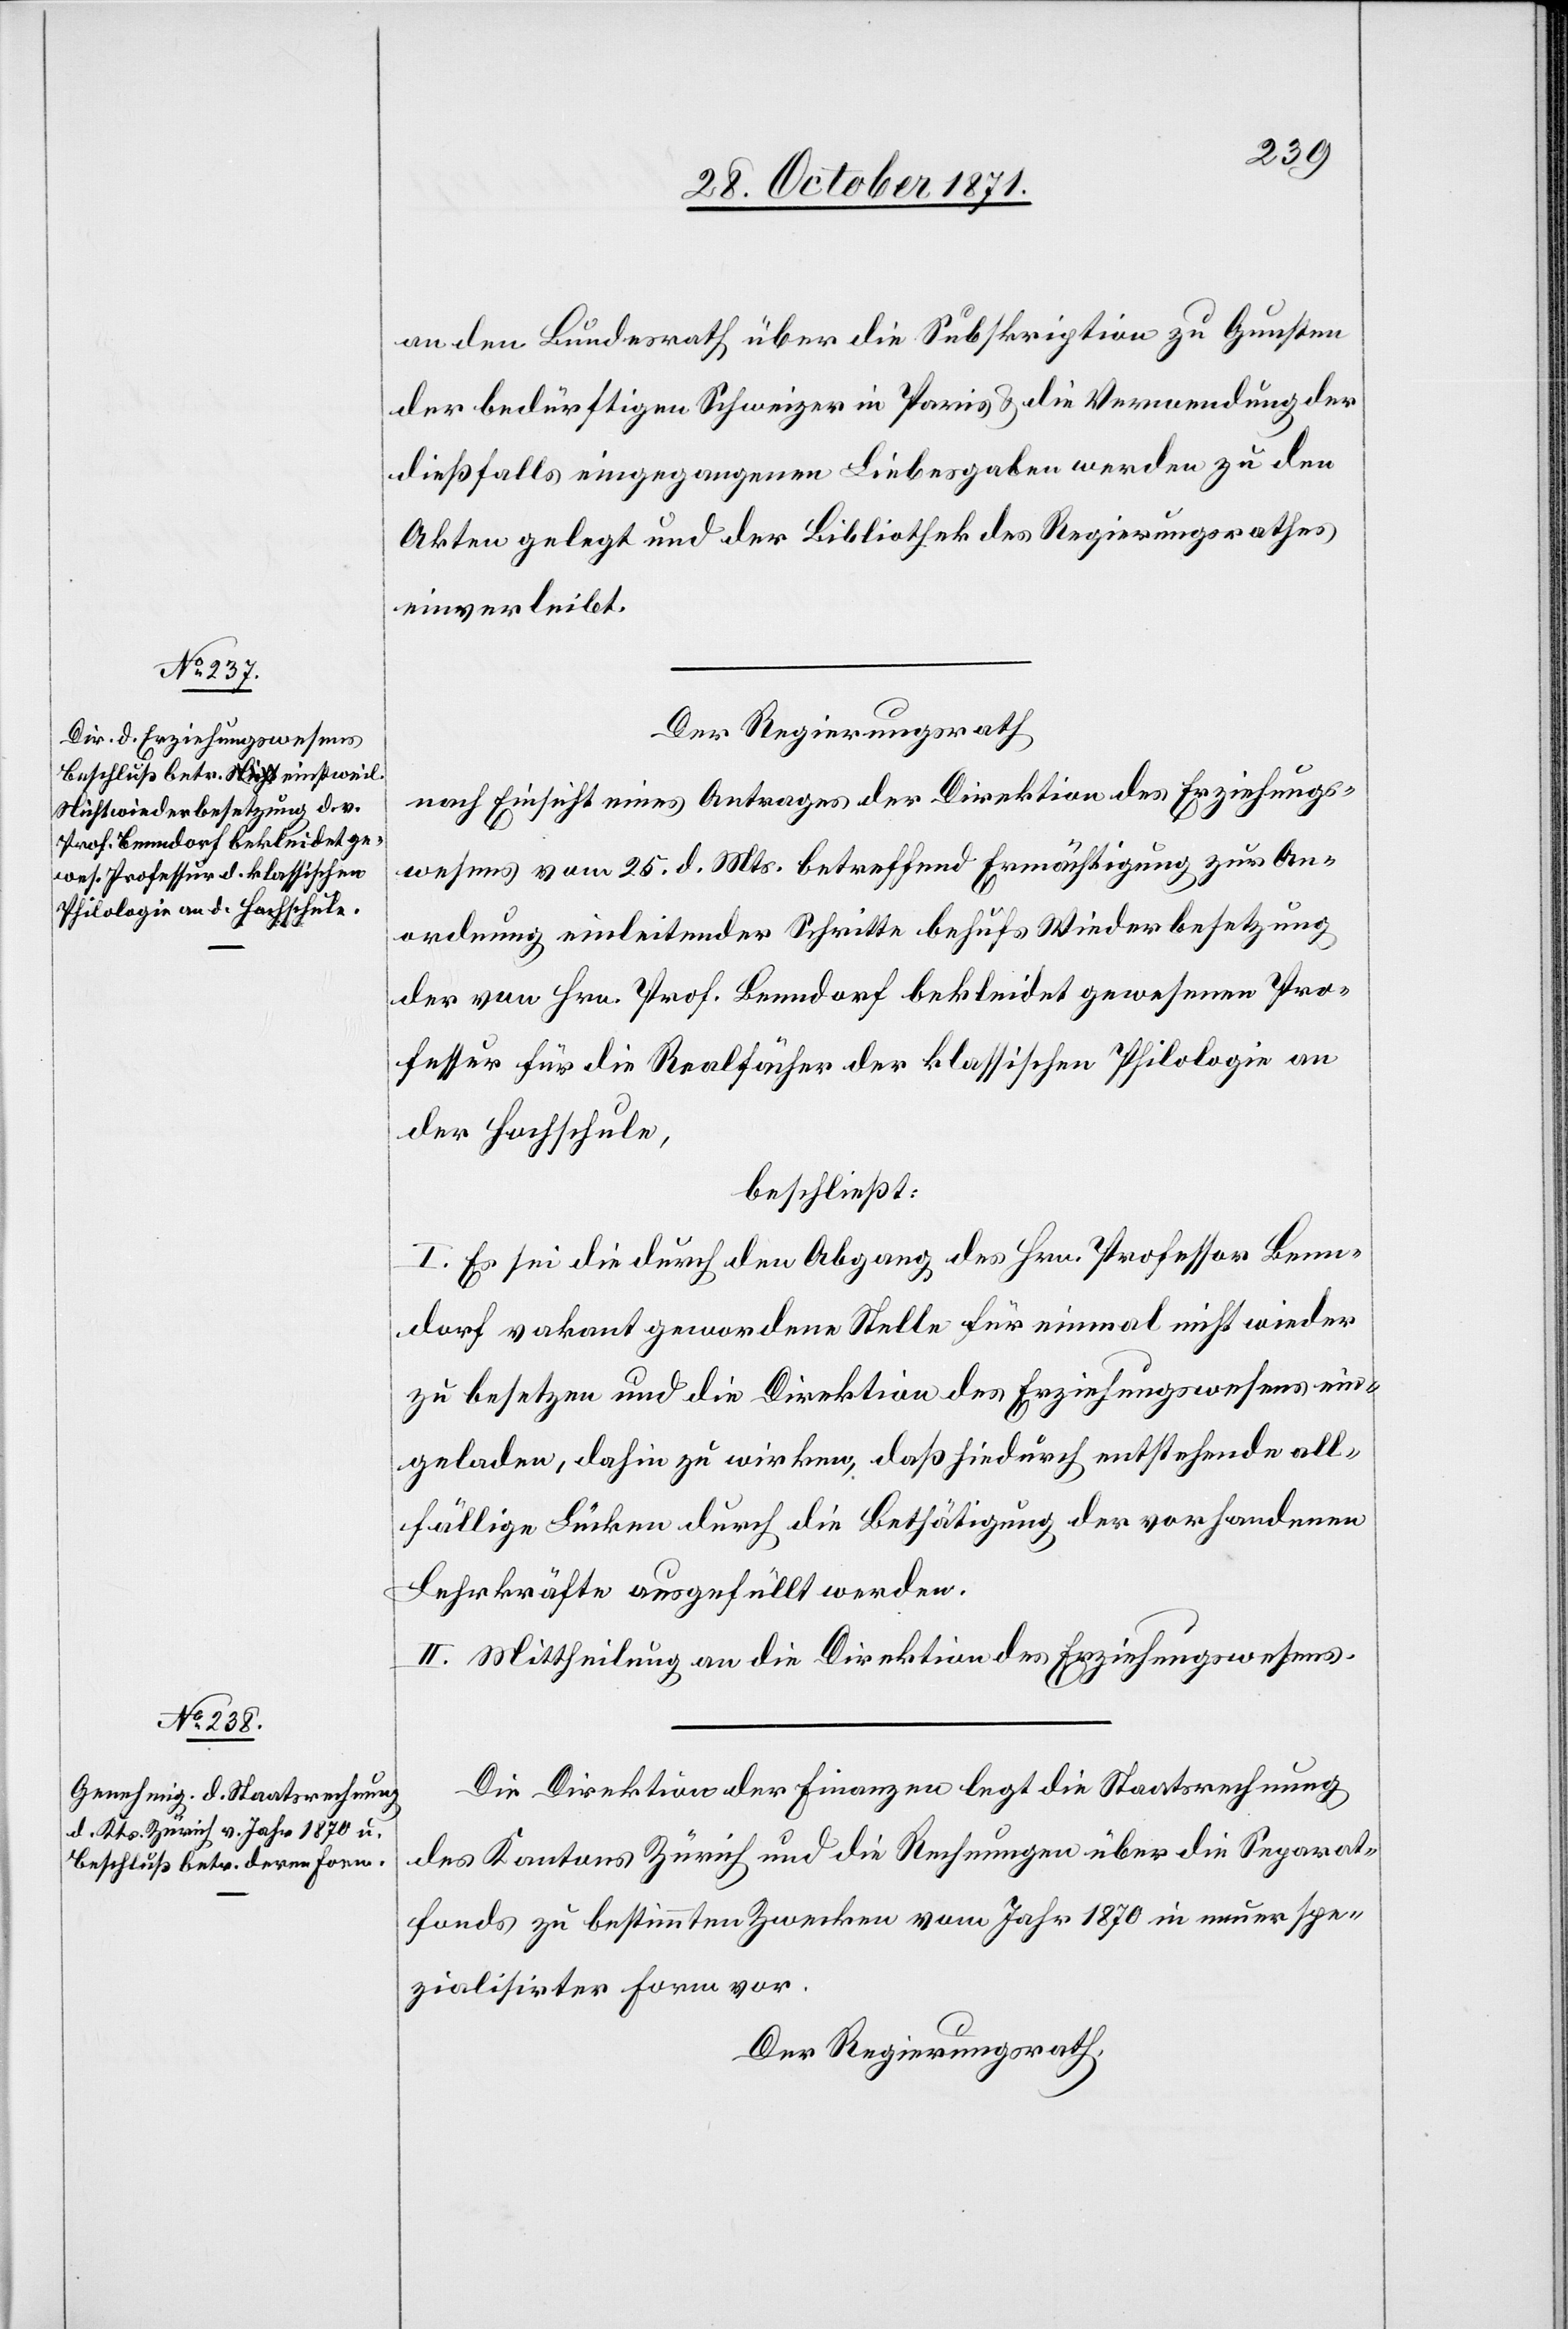
an den Bundesrath über die Subskription zu Gunsten
der bedürftigen Schweizer in Paris & die Verwendung der
dießfalls eingegangenen Liebesgaben werden zu den
Akten gelegt und der Bibliothek des Regierungsrathes
einverleibt.
Der Regierungsrath
nach Einsicht eines Antrages der Direktion des Erziehungs¬
wesens vom 25. d. Mts. betreffend Ermächtigung zur An¬
ordnung einleitender Schritte behufs Wiederbesetzung
der von Hrn. Prof. Benndorf bekleidet gewesenen Pro¬
fessur für die Realfächer der klassischen Philologie an
der Hochschule,
beschließt:
I. Es sei die durch den Abgang des Hrn. Professor Benn¬
dorf vakant gewordene Stelle für einmal nicht wieder
zu besetzen und die Direktion des Erziehungswesens ein¬
geladen, dahin zu wirken, daß hiedurch entstehende all¬
fällige Lücken durch die Bethätigung der vorhandenen
Lehrkräfte ausgefüllt werden.
II. Mittheilung an die Direktion des Erziehungswesens.
Die Direktion der Finanzen legt die Staatsrechnung
des Kantons Zürich und die Rechnungen über die Separat¬
fonds zu bestimmten Zwecken vom Jahr 1870 in neuer spe¬
zialisirter Form vor.
Der Regierungsrath